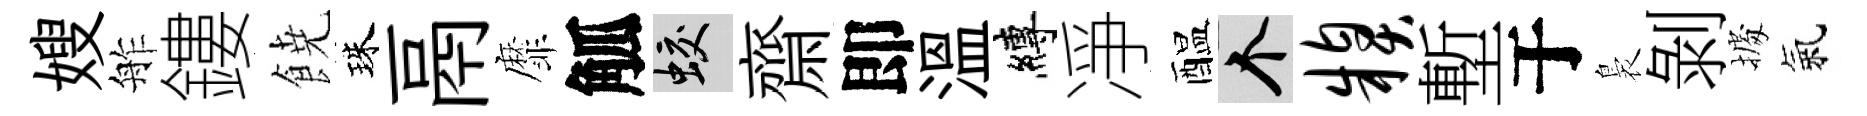
嫂舴鏤𩜙珠鬲靡觚蛟齋即溫縛凈醖个糗塹于裊剝𢴃氣